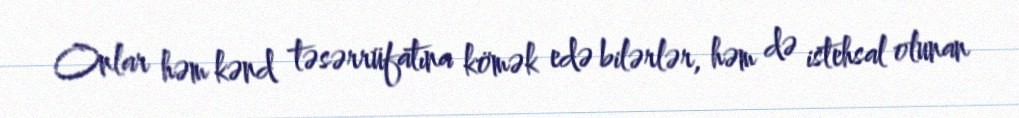
Onlar həm kənd təsərrüfatına kömək edə bilərlər, həm də istehsal olunan